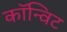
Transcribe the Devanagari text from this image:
कॉन्विट